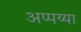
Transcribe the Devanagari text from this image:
अप्पय्या